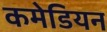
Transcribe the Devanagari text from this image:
कमेडियन